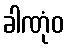
ခါဏုံဝ